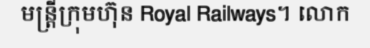
មន្ត្រីក្រុមហ៊ុន Royal Railways។ លោក